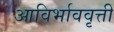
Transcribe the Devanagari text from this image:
आविर्भाववृत्ती